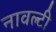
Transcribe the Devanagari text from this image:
नावल्‍टी